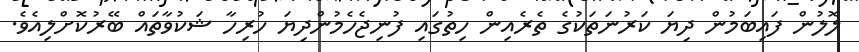
ލޮލުން ފައިބަމުން ދިޔަ ކަރުނަތަކުގެ ތެރެއިން ހިތުގައި ފުނިޖެހެމުންދިޔަ ހުރިހާ ޝަކުވާތައް ބޭރުކޮށްލިއެވެ.